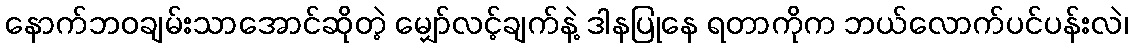
နောက်ဘဝချမ်းသာအောင်ဆိုတဲ့ မျှော်လင့်ချက်နဲ့ ဒါနပြုနေ ရတာကိုက ဘယ်လောက်ပင်ပန်းလဲ၊